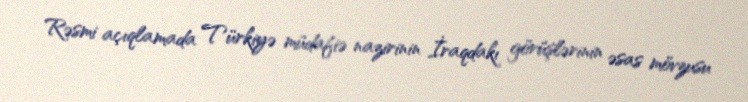
Rəsmi açıqlamada Türkiyə müdafiə nazirinin İraqdakı görüşlərinin əsas mövzusu